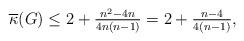
LaTeX: \begin{align*}\overline{\kappa}(G)\leq 2+\tfrac{n^2-4n}{4n(n-1)}=2+\tfrac{n-4}{4(n-1)},\end{align*}